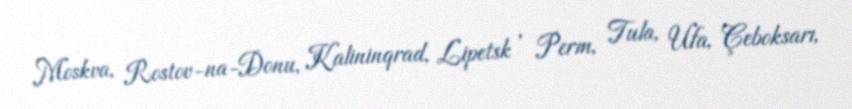
Moskva, Rostov-na-Donu, Kalininqrad, Lipetsk , Perm, Tula, Ufa, Çeboksarı,